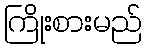
ကြိုးစားမည်